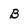
Character: B